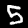
Label: 5